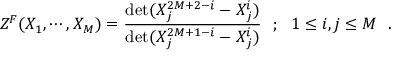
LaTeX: { \cal { Z } } ^ { F } ( X _ { 1 } , \cdots , X _ { M } ) = { \frac { \operatorname * { d e t } ( X _ { j } ^ { 2 M + 2 - i } - X _ { j } ^ { i } ) } { \operatorname * { d e t } ( X _ { j } ^ { 2 M + 1 - i } - X _ { j } ^ { i } ) } } ~ ~ ; ~ ~ 1 \le i , j \le M \, \, \, \, .